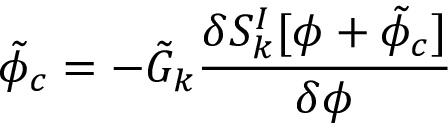
{ \tilde { \phi } } _ { c } = - { \tilde { G } } _ { k } { \frac { \delta S _ { k } ^ { I } [ \phi + { \tilde { \phi } _ { c } } ] } { \delta \phi } }